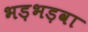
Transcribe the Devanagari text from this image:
भड़भड़वा